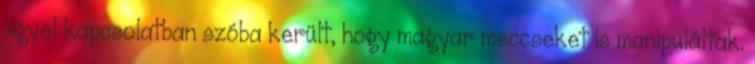
ügyel kapcsolatban szóba került, hogy magyar meccseket is manipuláltak.